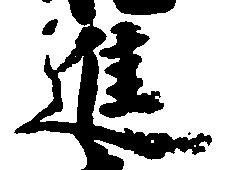
進